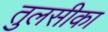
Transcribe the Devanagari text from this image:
तुलसीका